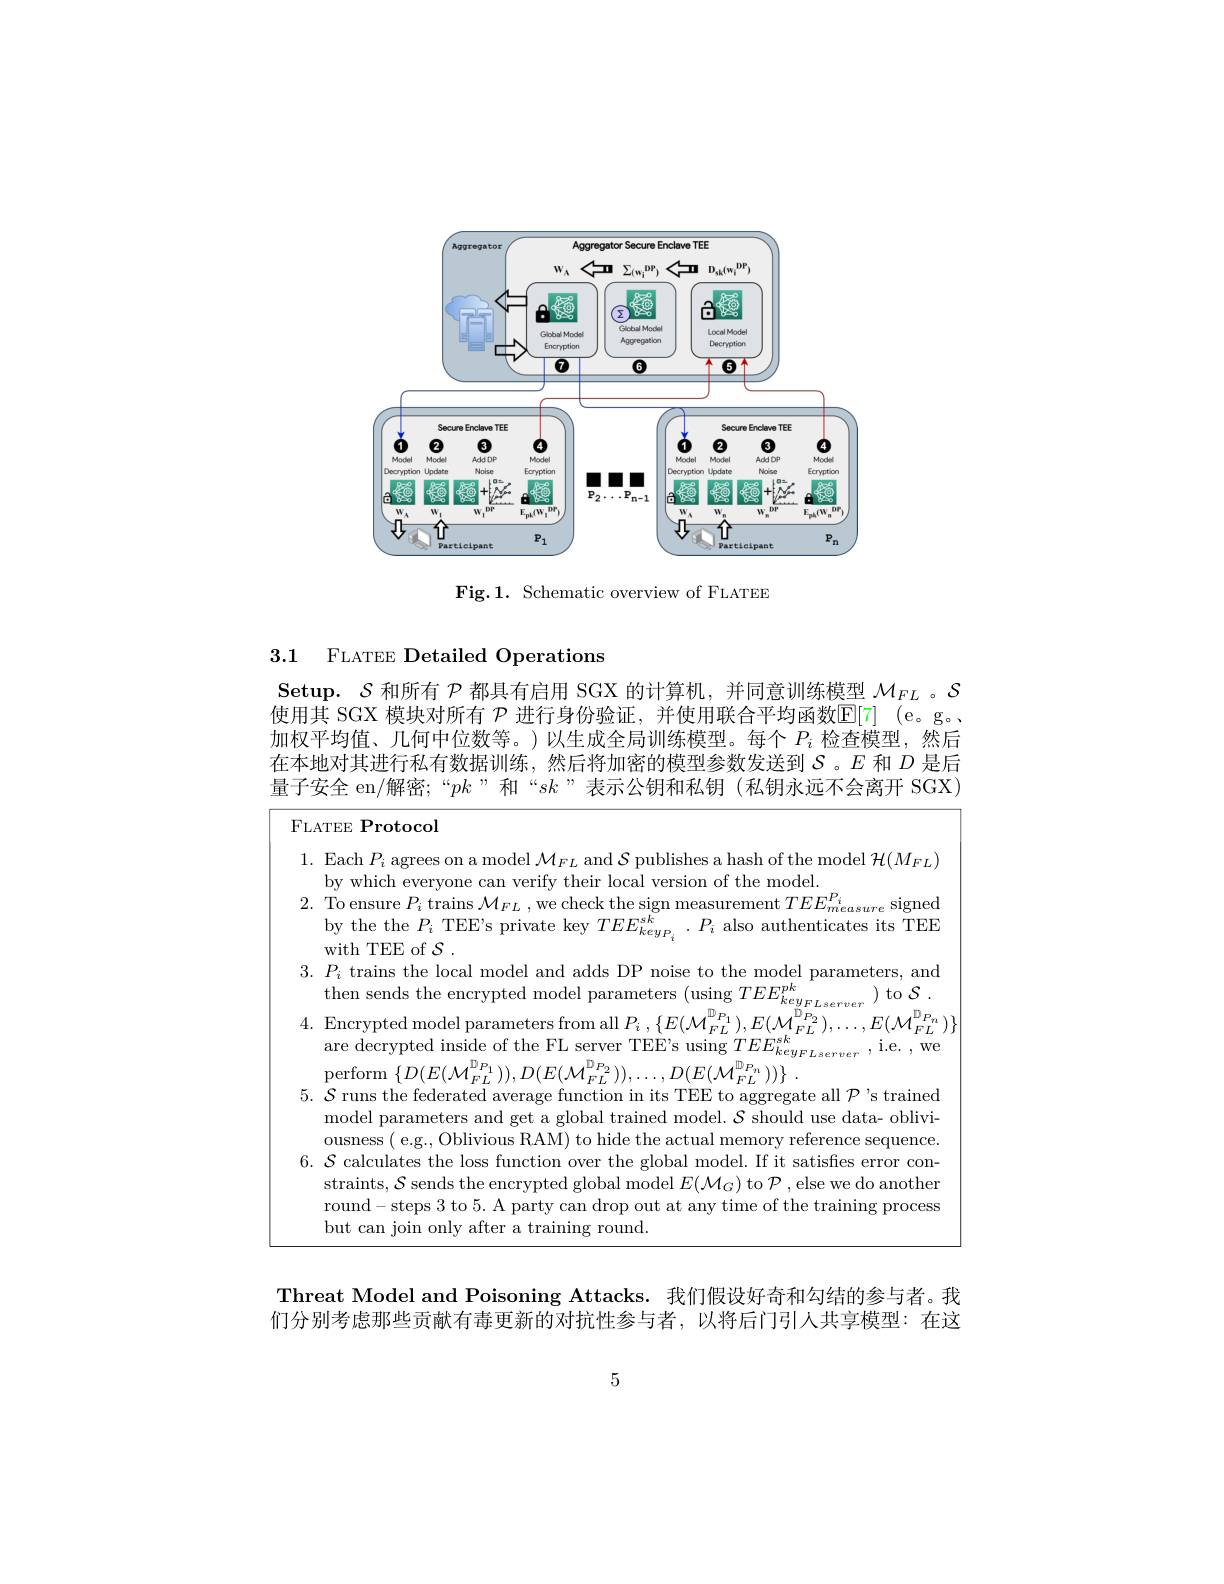
<FigureHere>

Fig.1. Schematic overview of FLATEE

### 3.1 FLATEE Detailed Operations

Setup. $\mathcal{S}$和所有$\mathcal{P}$都具有启用 SGX 的计算机，并同意训练模型$\mathcal{M}_{FL}$ 。$\mathcal{S}$ 使用其 SGX 模块对所有 $\mathcal{P}$ 进行身份验证，并使用联合平均函数$\mathbb{E}[7]$ (e。g。加权平均值、几何中位数等。)以生成全局训练模型。每个$P_i$检查模型，然后在本地对其进行私有数据训练，然后将加密的模型参数发送到$S$。$E$和$D$是后量子安全 en/解密；“$pk$”和“$sk$”表示公钥和私钥(私钥永远不会离开 SGX)

FLATEE Protocol

1. Each $P_i$ agrees on a model $\mathcal{M}_FL$ and $\mathcal{S}$ publishes a hash of the model $\mathcal{H}(M_FL)$
by which everyone can verify their local version of the model.
2. To ensure $P_i$ trains $\mathcal{M}_FL$,we check the sign measurement $TEE_measure$ signed
$\begin{array}{l}{\mathrm{by~the~the~}P_{i}~\mathrm{TEE's~private~key~}TEE_{key_{P_{i}}}^{sk}~.~P_{i}~\mathrm{also~authenticates~its~TEE}\\{\mathrm{with~TEE~of~}\mathcal{S}~.}\end{array}}^{\mathrm{by~the~the~P_{i}~\mathrm{TEE's~private~key~}TEEE_{key_{P_{i}}}^{sk}~.~P_{i}~\mathrm{also~authenticates~its~TEEE}}\\{\mathrm{with~TEE~of~}\mathcal{S}~.}$ $3. P_{i}$ trains the local model and adds DP noise to the model parameters, and then sends the encrypted model parameters ( using TEE$E_{keyFLserver}^{pk}$) to $\mathcal{S} .$ 4.Encrypted model parameters from all $P_{i}$ $, \{ E( \mathcal{M} _{FL}^{\mathbb{D} _{P_{1}}}) , E( \mathcal{M} _{}$
$E(\mathcal{M}_{FL}^{\mathbb{D}_{P_n}})\}$
$\begin{array}{l}{\mathrm{Lincypucu~inodc~parancters~inont~an~}1_{i},\{L(\mathbf{v}_{FL}),L(\mathbf{v}_{FL}),\cdots,L(\mathbf{v}_{FL})\}}\\{\mathrm{are~decrypted~inside~of~the~FL~server~TEE's~using~}TEEE_{keyFLserver}^{sk},\mathrm{~i.e.~,~we}}\end{array}$
$\operatorname{perform}\left\{D(E(\mathcal{M}_{FL}^{\mathbb{D}_{P_{1}}})),D(E(\mathcal{M}_{FL}^{\mathbb{D}_{P_{2}}})),\ldots,D(E(\mathcal{M}_{FL}^{\mathbb{D}_{P_{n}}}))\right\}.$
$5.~\mathcal{S}$ runs the federated average function in its TEE to aggregate all $\mathcal{P}$ 's trained
model parameters and get a global trained model. $\mathcal{S}$ should use data- obliviousness( e.g., Oblivious RAM) to hide the actual memory reference sequence.
$6.\mathcal{S}$ calculates the loss function over the global model.If it satisfes error con-
straints, $\mathcal{S}$ sends the encrypted global model $E(\mathcal{M}_G)$ to $\mathcal{P}$,else we do another round-steps 3 to 5. A party can drop out at any time of the training process but can join only after a training round.

Threat Model and Poisoning Attacks. 我们假设好奇和勾结的参与者。我们分别考虑那些贡献有毒更新的对抗性参与者，以将后门引人共享模型：在这

5